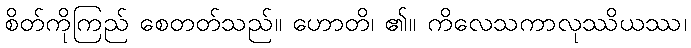
စိတ်ကိုကြည် စေတတ်သည်။ ဟောတိ၊ ၏။ ကိလေသကာလုဿိယဿ၊